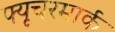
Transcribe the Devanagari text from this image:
फ्यूचरमार्क